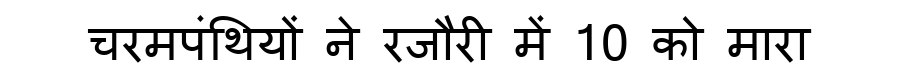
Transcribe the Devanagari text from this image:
चरमपंथियों ने रजौरी में 10 को मारा